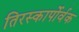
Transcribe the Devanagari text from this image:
तिरस्कार्पोर्वक